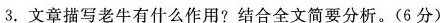
3.文章描写老牛有什么作用？结合全文简要分析（6分）